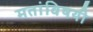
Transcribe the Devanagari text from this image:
मतांविषयी